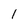
Character: 1